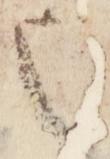
也